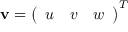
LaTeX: { \bf { v } } = { \left( \begin{array} { l l l } { u } & { v } & { w } \end{array} \right) } ^ { T }